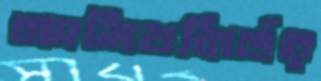
আমিষনির্ভর